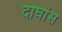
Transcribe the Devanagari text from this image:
दोघांस